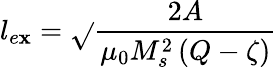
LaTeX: l_{e\mathbf{x}}=\sqrt{}{{\frac{{2A}}{{\mu_{0}M_{s}^{2}\left(Q-\zeta\right)}}}}